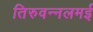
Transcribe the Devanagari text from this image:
तिरुवन्नलमई